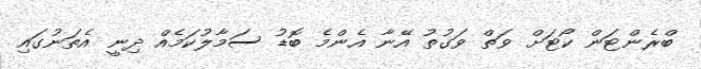
ބްރެންޓަން ކޯޓަށް ވަތް ވަގުތު އޭނާ އެންމެ ބޮޑު ސަމާލުކަމެއް ދިނީ އެތަނުގައި